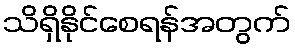
သိရှိနိုင်စေရန်အတွက်